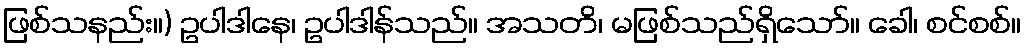
ဖြစ်သနည်း။) ဥပါဒါနေ၊ ဥပါဒါန်သည်။ အသတိ၊ မဖြစ်သည်ရှိသော်။ ခေါ၊ စင်စစ်။